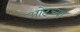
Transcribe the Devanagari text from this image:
ओटच्या